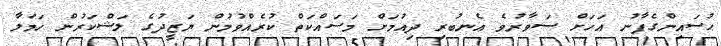
ޙުސައިންގެފާނު އަހަށް ސަވާރުވެ އެނބުރި ދިއުމަށް މަސައްކަތް ކުރެއްވުމުން ޔަޒީދުގެ ލަޝްކަރުން ހަމަލާ